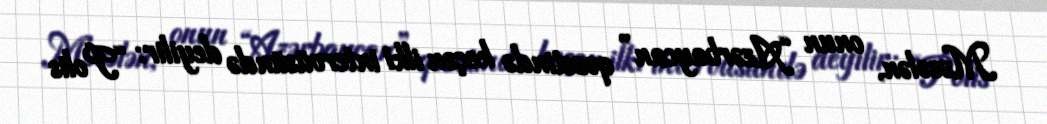
Məsələn, onun “Azərbaycan” qəzetində keçən ilki intervüsündə deyilir: “Polis